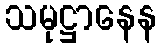
သမုဋ္ဌာနေန